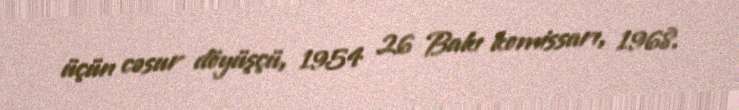
üçün cəsur döyüşçü, 1954 26 Bakı komissarı, 1968.